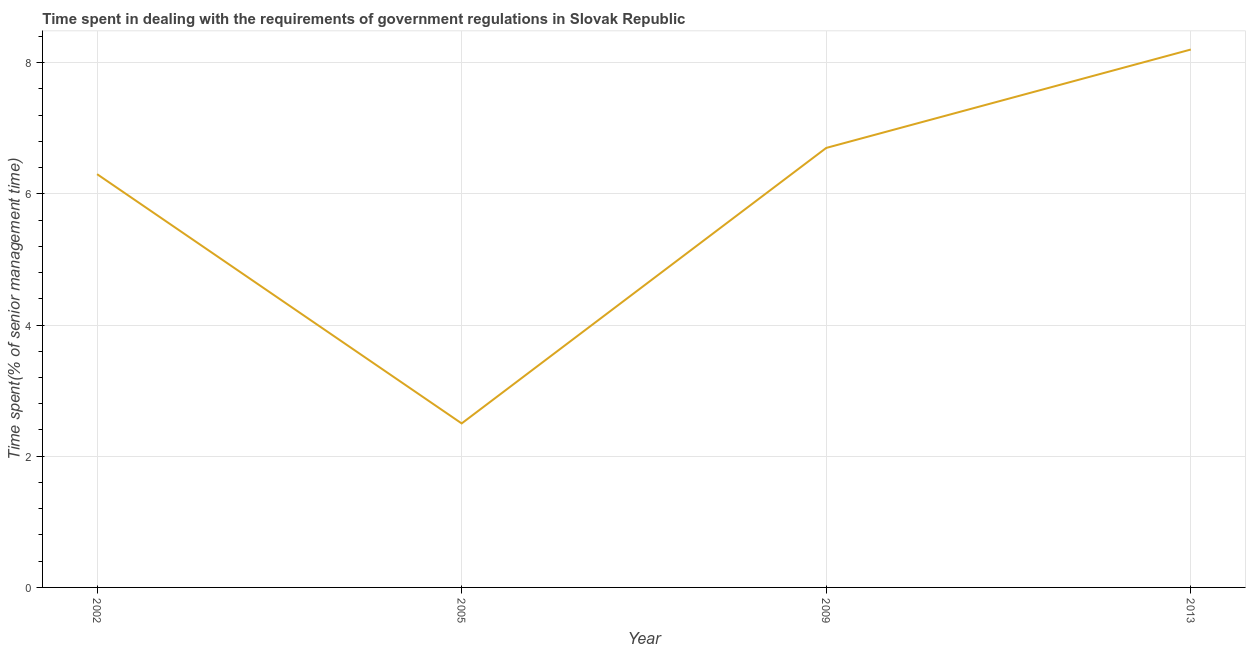
| Year | Government regulations |
 | --- | --- |
 | 2002 | 6.3 |
 | 2005 | 2.5 |
 | 2009 | 6.7 |
 | 2013 | 8.2 |